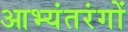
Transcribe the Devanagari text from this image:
आभ्यंतरंगों